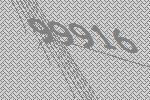
99916